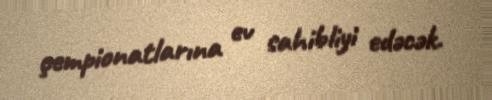
çempionatlarına ev sahibliyi edəcək.